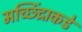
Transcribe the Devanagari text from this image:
मच्छिंद्राकडे